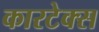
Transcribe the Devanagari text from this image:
कारटेक्स